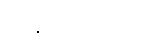
သိရပါတယ်။